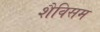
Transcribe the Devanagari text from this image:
शैविसम